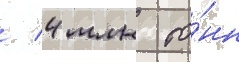
/ 4 млн то́нн